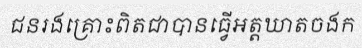
ជនរងគ្រោះពិតជាបានធ្វើអត្តឃាតចងក